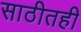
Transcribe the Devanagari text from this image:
साठीतही